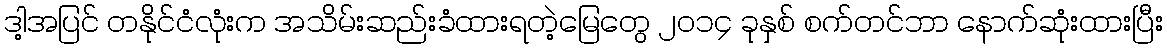
ဒါ့အပြင် တနိုင်ငံလုံးက အသိမ်းဆည်းခံထားရတဲ့မြေတွေ ၂၀၁၄ ခုနှစ် စက်တင်ဘာ နောက်ဆုံးထားပြီး